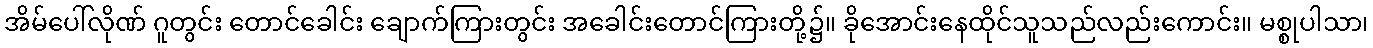
အိမ်ပေါ်လိုဏ် ဂူတွင်း တောင်ခေါင်း ချောက်ကြားတွင်း အခေါင်းတောင်ကြားတို့၌။ ခိုအောင်းနေထိုင်သူသည်လည်းကောင်း။ မစ္စုပါသာ၊